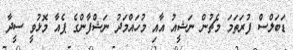
ޑަބަލްސް ފުރަތަމަ މެޗުން ނަޝީއު އާއި މުހައްމަދު ނަޝްފާންގެ ޕެއާ މޮޅުވީ ސީދާ